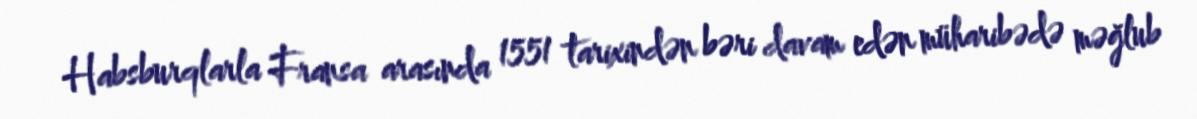
Habsburqlarla Fransa arasında 1551 tarixindən bəri davam edən müharibədə məğlub